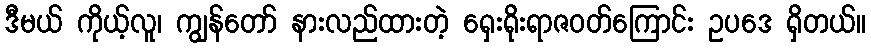
ဒီမယ် ကိုယ့်လူ၊ ကျွန်တော် နားလည်ထားတဲ့ ရှေးရိုးရာဇဝတ်ကြောင်း ဥပဒေ ရှိတယ်။